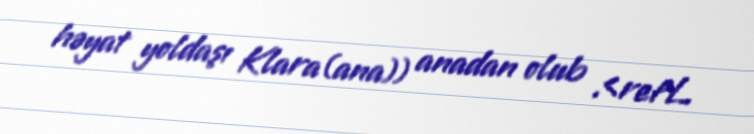
həyat yoldaşı Klara(ana)) anadan olub .<refL.